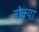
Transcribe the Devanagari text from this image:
बोक्या